Report of the Indian Hemp Drugs Commission, 1894-1895 - Volume VIII
Year: 1894
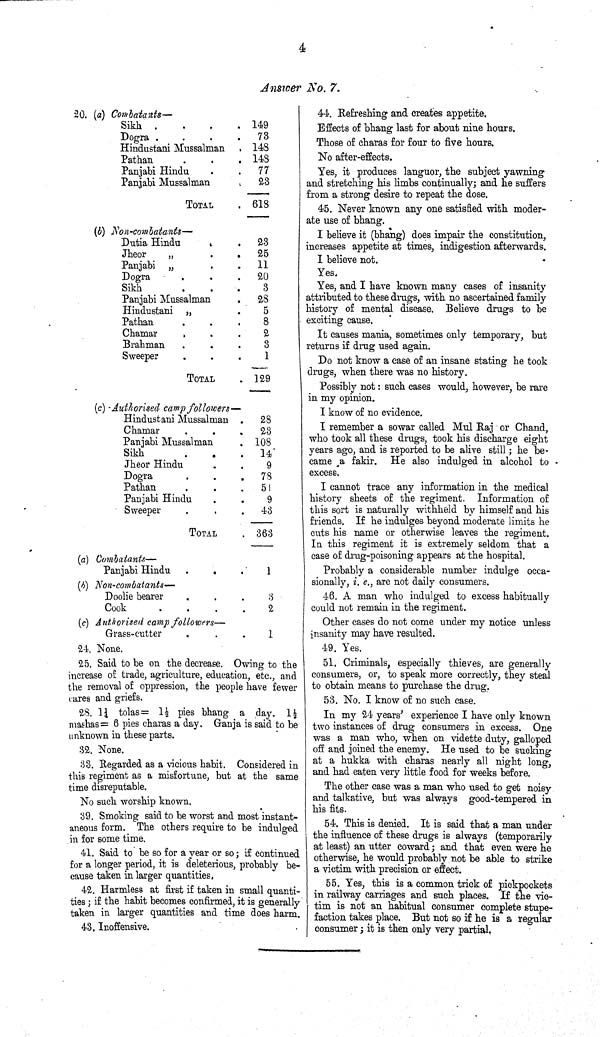
4
Answer No. 7.
20. (a) Combatants—
Sikh
149
Dogra
73
Hindustani Mussalman
148
Pathan
148
Panjabi Hindu
77
Panjabi Mussalman
23
TOTAL
618
(b) Non-combatants—
Dutia
Hindu
23
Jheor
25
Panjabi
11
Dogra
20
Sikh
3
Panjabi Mussalman
28
Hindustani
5
Pathan
8
Chamar
2
Brahman
3
Sweeper
1
TOTAL
129
(c) Authorised camp followers—
Hindustani Mussalman
28
Chamar
23
Panjabi Mussalman
108
Sikh
14
Jheor Hindu
9
Dogra
78
Pathan
51
Panjabi Hindu
9
Sweeper
43
TOTAL
363
(a) Combatants—
Panjabi Hindu
1
(b) Non-combatants—
Doolie bearer
3
Cook
2
(c) Authorised camp followers—
Grass-cutter
1
24. None.
25. Said to be on the decrease. Owing to the
increase of trade, agriculture, education, etc., and
the removal of oppression, the people have fewer
cares and griefs.
28. 11/4 tolas= 11/2 pies bhang a day. 11/2
mashas= 6 pies charas a day. Ganja is said to be
unknown in these parts.
32. None.
33. Regarded as a vicious habit. Considered in
this regiment as a misfortune, but at the same
time disreputable.
No such worship known.
39. Smoking said to be worst and most instant-
aneous form. The others require to be indulged
in for some time.
41. Said to be so for a year or so; if continued
for a longer period, it is deleterious, probably be-
cause taken in larger quantities.
42. Harmless at first if taken in small quanti-
ties; if the habit becomes confirmed, it is generally
taken in larger quantities and time does harm.
43. Inoffensive.
44. Refreshing and creates appetite.
Effects of bhang last for about nine hours.
Those of charas for four to five hours.
No after-effects.
Yes, it produces languor, the subject yawning
and stretching his limbs continually; and he suffers
from a strong desire to repeat the dose.
45. Never known any one satisfied with moder-
ate use of bhang.
I believe it (bhang) does impair the constitution,
increases appetite at times, indigestion afterwards.
I believe not.
Yes.
Yes, and I have known many cases of insanity
attributed to these drugs, with no ascertained family
history of mental disease. Believe drugs to be
exciting cause.
It causes mania, sometimes only temporary, but
returns if drug used again.
Do not know a case of an insane stating he took
drugs, when there was no history.
Possibly not: such cases would, however, be rare
in my opinion.
I know of no evidence.
I remember a sowar called Mul Raj or Chand,
who took all these drugs, took his discharge eight
years ago, and is reported to be alive still; he be-
came a fakir. He also indulged in alcohol to
excess.
I cannot trace any information in the medical
history sheets of the regiment. Information of
this sort is naturally withheld by himself and his
friends. If he indulges beyond moderate limits he
cuts his name or otherwise leaves the regiment.
In this regiment it is extremely seldom that a
case of drug-poisoning appears at the hospital.
Probably a considerable number indulge occa-
sionally, i. e., are not daily consumers.
46. A man who indulged to excess habitually
could not remain in the regiment.
Other cases do not come under my notice unless
insanity may have resulted.
49. Yes.
51. Criminals, especially thieves, are generally
consumers, or, to speak more correctly, they steal
to obtain means to purchase the drug.
53. No. I know of no such case.
In my 24 years' experience I have only known
two instances of drug consumers in excess. One
was a man who, when on vidette duty, galloped
off and joined the enemy. He used to be sucking
at a hukka with charas nearly all night long,
and had eaten very little food for weeks before.
The other case was a man who used to get noisy
and talkative, but was always good-tempered in
his fits.
54. This is denied. It is said that a man under
the influence of these drugs is always (temporarily
at least) an utter coward; and that even were he
otherwise, he would probably not be able to strike
a victim with precision or effect.
55. Yes, this is a common trick of pickpockets
in railway carriages and such places. If the vic-
tim is not an habitual consumer complete stupe-
faction takes place. But not so if he is a regular
consumer; it is then only very partial.